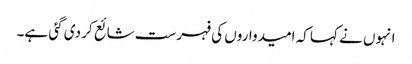
انہوں نے کہا کہ امیدواروں کی فہرست شائع کر دی گئی ہے۔